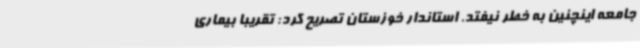
جامعه اینچنین به خطر نیفتد. استاندار خوزستان تصریح کرد: تقریبا بیماری